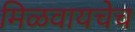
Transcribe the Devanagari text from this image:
मिळवायचेच